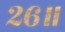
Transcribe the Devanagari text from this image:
२६॥